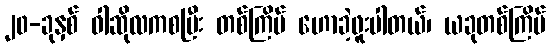
၂၀-ခုနှစ် ဝါဆိုလကစပြီး တစ်ကြိမ် ဟောခဲ့ဖူးပါတယ်၊ ယခုတစ်ကြိမ်